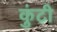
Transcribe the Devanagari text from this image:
कुंटी